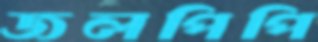
জলপিপি